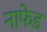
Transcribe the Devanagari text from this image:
नाफेड